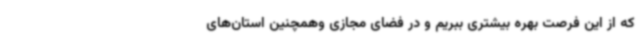
که از این فرصت بهره بیشتری ببریم و در فضای مجازی وهمچنین استان‌های